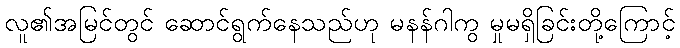
လူ၏အမြင်တွင် ဆောင်ရွက်နေသည်ဟု မနန်ဂါကွ မှုမရှိခြင်းတို့ကြောင့်